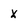
Character: X